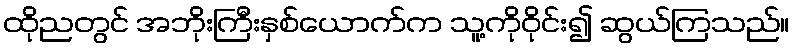
ထိုညတွင် အဘိုးကြီးနှစ်ယောက်က သူ့ကိုဝိုင်း၍ ဆွယ်ကြသည်။